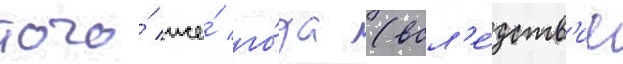
того́ же́ го́да (всл'е́дств'ие